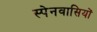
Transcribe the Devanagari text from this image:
स्‍पेनवासियों